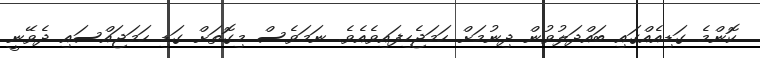
ކޮންމެ ގަޑިއެއްގައި ބައްދަލުވުން ދިނުމަށް ހަމަޖެހިފައިވެއެވެ. ނަމަވެސް މިގޮތަށް ގަޑި ހަމަޖައްސައި ދެވޭނީ